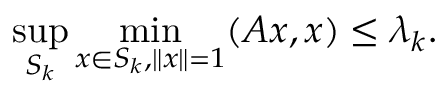
\operatorname* { s u p } _ { S _ { k } } \operatorname* { m i n } _ { x \in S _ { k } , \| x \| = 1 } ( A x , x ) \leq \lambda _ { k } .